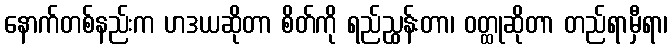
နောက်တစ်နည်းက ဟဒယဆိုတာ စိတ်ကို ရည်ညွှန်းတာ၊ ဝတ္ထုဆိုတာ တည်ရာမှီရာ၊